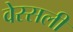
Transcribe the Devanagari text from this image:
वेस्सली